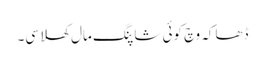
ڈھاکہ وچ کوئی شاپنگ مال کھلا سی۔